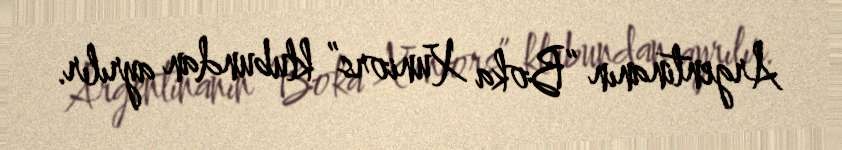
Argentinanın “Boka Xuniors” klubundan ayrılır.